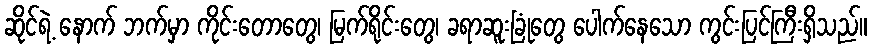
ဆိုင်ရဲ့ နောက် ဘက်မှာ ကိုင်းတောတွေ၊ မြက်ရိုင်းတွေ၊ ခရာဆူးခြုံတွေ ပေါက်နေသော ကွင်းပြင်ကြီးရှိသည်။